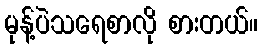
မုန့်ပဲသရေစာလို စားတယ်။